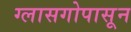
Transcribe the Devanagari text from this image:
ग्लासगोपासून